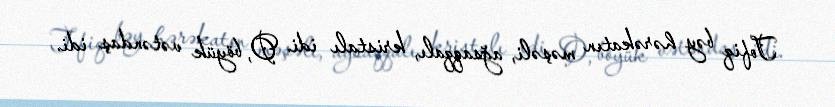
Tofiq bəy hərəkatın məşəli, ağsaqqalı, kristalı idi. O, böyük vətəndaş idi.